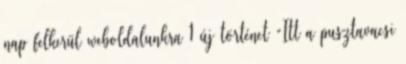
nap felkerül weboldalunkra 1 új történet “Itt a pusztavacsi